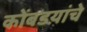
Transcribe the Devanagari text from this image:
कोंबडय़ांचे